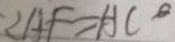
\angle A F = A C ^ { \circ }